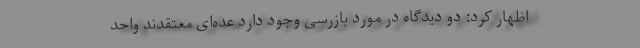
اظهار کرد: دو دیدگاه در مورد بازرسی وجود دارد عده‌ای معتقدند واحد